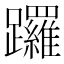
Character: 𨇽